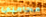
محاميي